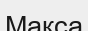
Макса